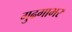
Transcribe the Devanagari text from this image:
गुढगाभर